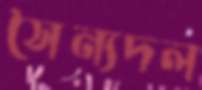
সৈন্যদল